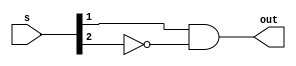
module c_a(
				input [2:0] s,
				output out);
	
	wire w;
			
	not not1( w   , s[2] );
	and and1( out , s[1] , w );
endmodule